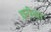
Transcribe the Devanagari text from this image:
छरीला